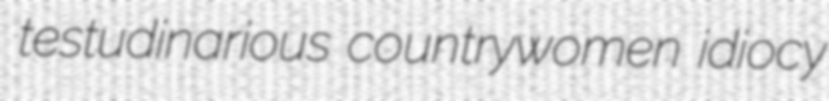
testudinarious countrywomen idiocy